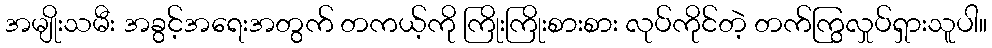
အမျိုးသမီး အခွင့်အရေးအတွက် တကယ့်ကို ကြိုးကြိုးစားစား လုပ်ကိုင်တဲ့ တက်ကြွလှုပ်ရှားသူပါ။